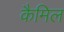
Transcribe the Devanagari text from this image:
कैमिल